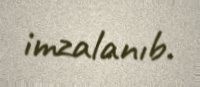
imzalanıb.